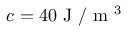
c = 4 0 \mathrm { ~ J ~ } / \mathrm { ~ m ~ } ^ { 3 }